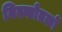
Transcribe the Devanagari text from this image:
विस्फोतकों